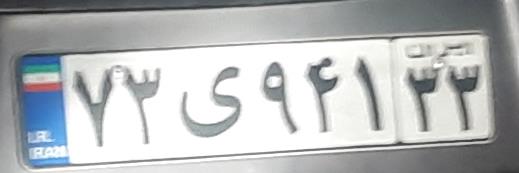
۷۳ی۹۴۱۳۳